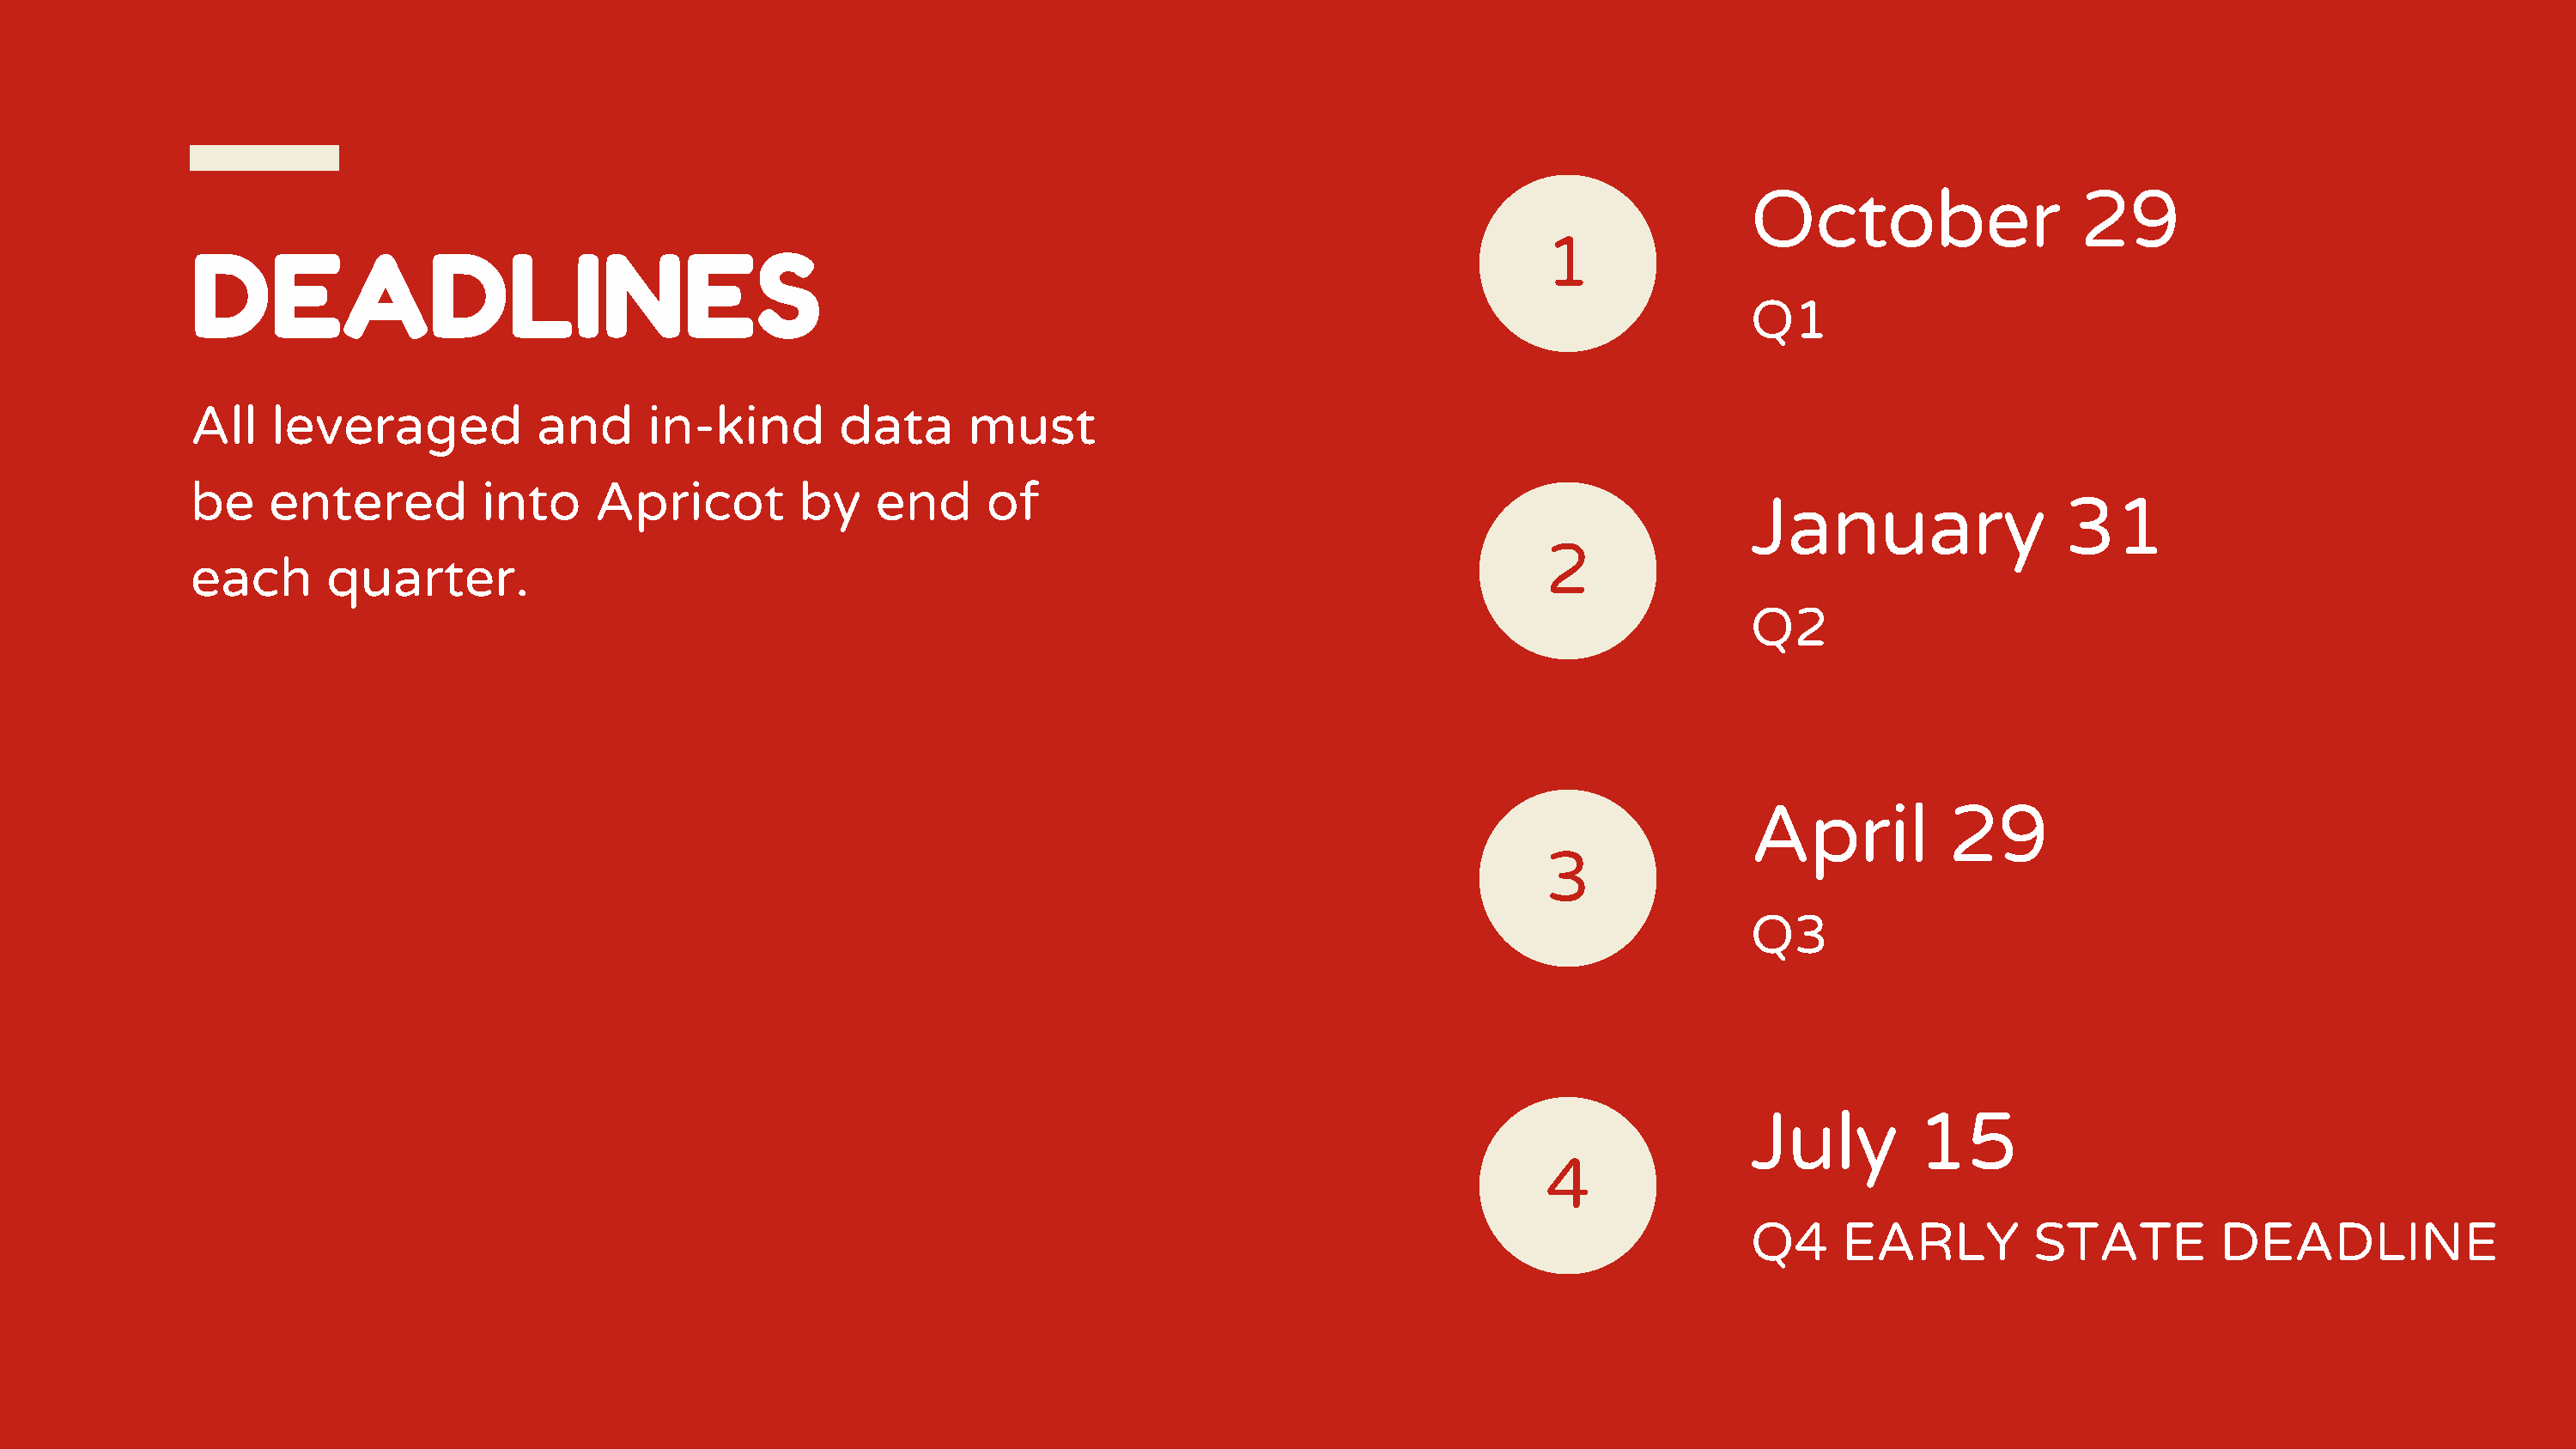
October                  29
 1
 DEADLINES
 Q1
 All   leveraged           and      in-kind        data      must
 be    entered         into     Apricot         by   end      of
 January                 31
 2
 each      quarter.
 Q2
 April          29
 3
 Q3
 July         15
 4
 Q4     EARLY          STATE         DEADLINE